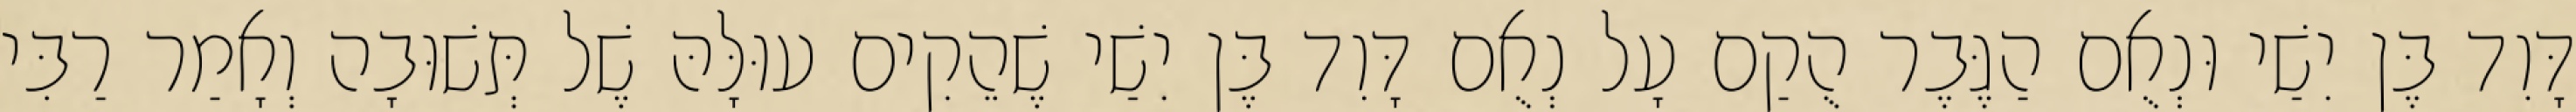
דָּוִד בֶּן יִשַׁי וּנְאֻם הַגֶּבֶר הֻקַם עָל נְאֻם דָּוִד בֶּן יִשַׁי שֶׁהֵקִים עוּלָּהּ שֶׁל תְּשׁוּבָה וְאָמַר רַבִּי